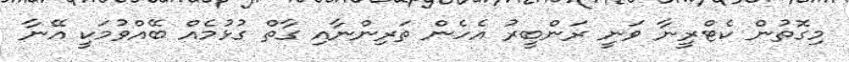
މިގޮތުން ކެޓްރީނާ ވަނީ ރަންބީރު އެހެން ތަރިންނާއި ގާތް ގުޅުމެއް ބޭއްވުމަކީ އޭނާ